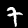
Digit: 7